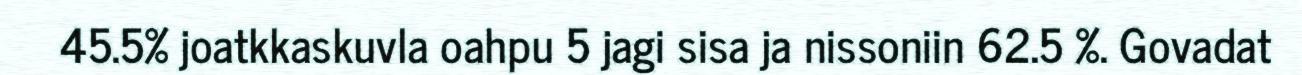
45.5% joatkkaskuvla oahpu 5 jagi sisa ja nissoniin 62.5 %. Govadat